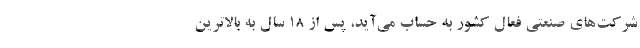
شرکت‌های صنعتی فعال کشور به حساب می‌آید، پس از 18 سال به بالاترین